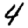
Digit: 4